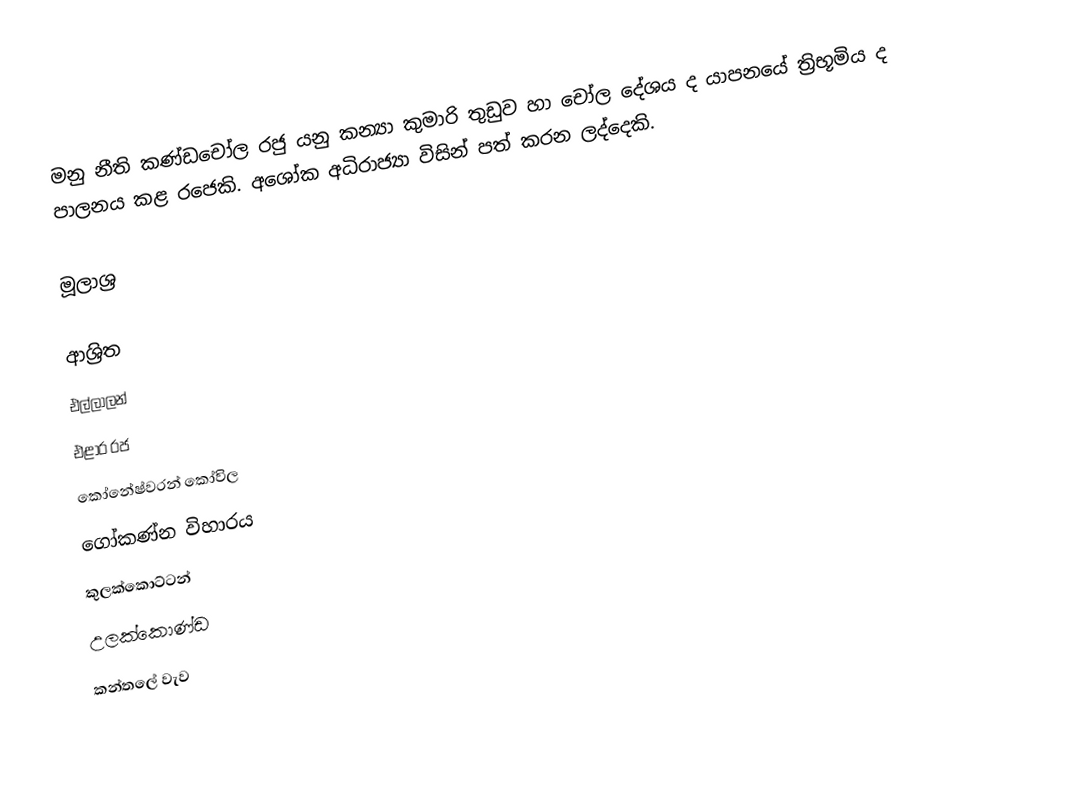
මනු නීති කණ්‌ඩචෝල රජු යනු කන්‍යා කුමාරි තුඩුව හා චෝල දේශය ද යාපනයේ ත්‍රිභූමිය ද පාලනය කළ රජෙකි. අශෝක අධිරාජ්‍යා විසින් පත් කරන ලද්දෙකි.

මූලාශ්‍ර

ආශ්‍රිත
 එල්ලාලන්
 එළාර රජ
 කෝනේෂ්වරන් කෝවිල
 ගෝකණ්‌න විහාරය
 කුලක්‌කොට්‌ටන්
 උලක්‌කොණ්‌ඩ
 කන්තලේ වැව